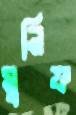
মুনিফ